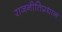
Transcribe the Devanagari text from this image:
राजनीतिप्रधान